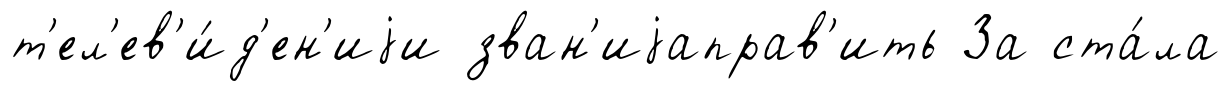
т'ел'ев'и́д'ен'иjи зван'иjаправ'ить За ста́ла